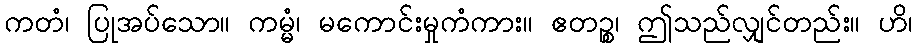
ကတံ၊ ပြုအပ်သော။ ကမ္မံ၊ မကောင်းမှုကံကား။ ဧတဉ္စ၊ ဤသည်လျှင်တည်း။ ဟိ၊